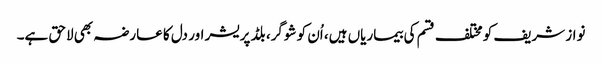
نواز شریف کو مختلف قسم کی بیماریاں ہیں، اُن کو شوگر، بلڈ پریشر اور دل کا عارضہ بھی لاحق ہے۔